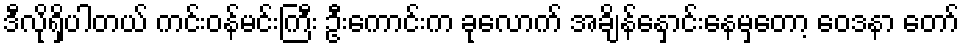
ဒီလိုရှိပါတယ် ကင်းဝန်မင်းကြီး ဦးကောင်းက ခုလောက် အချိန်နှောင်းနေမှတော့ ဝေဒနာ တော်